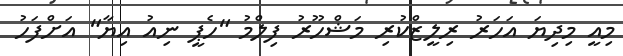
މިއީ މިދިޔަ އަހަރު ރިލީޒްކުރި މަޝްހޫރު ފިލްމު "ހެޕީ ނިއު އިޔާ" އަށްފަހު